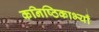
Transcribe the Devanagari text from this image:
कनिष्ठिकाभ्याँ